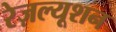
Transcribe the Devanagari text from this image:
रेज़ल्यूशन